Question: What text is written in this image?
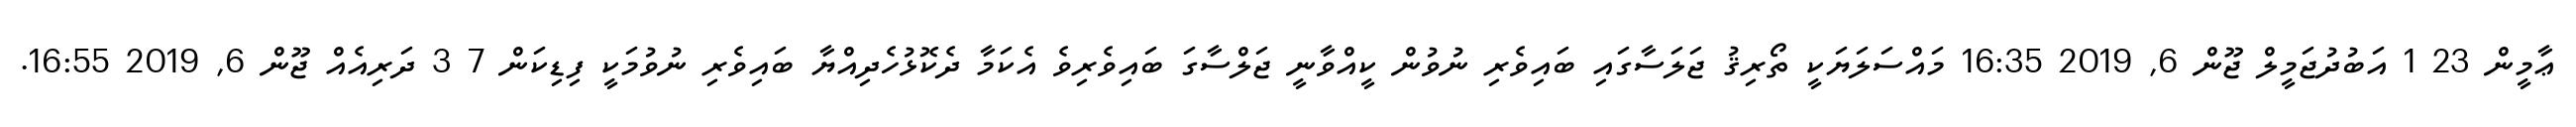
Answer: ޢާމީން 23 1 އަބުދުޖަމީލް ޖޫން 6, 2019 16:35 މައްސަލަޔަކީ ތޯރިޤު ޖަލަސާގައި ބައިވެރި ނުވުން ކީއްވާނީ ޖަލްސާގަ ބައިވެރިވެ އެކަމާ ދެކޮޅުހެދިއްޔާ ބައިވެރި ނުވުމަކީ ފިޑިކަން 7 3 ދަރިއެއް ޖޫން 6, 2019 16:55.